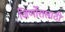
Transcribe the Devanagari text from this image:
जिर्णोरासाठी